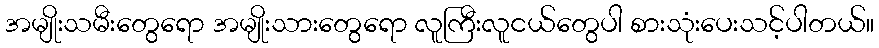
အမျိုးသမီးတွေရော အမျိုးသားတွေရော လူကြီးလူငယ်တွေပါ စားသုံးပေးသင့်ပါတယ်။